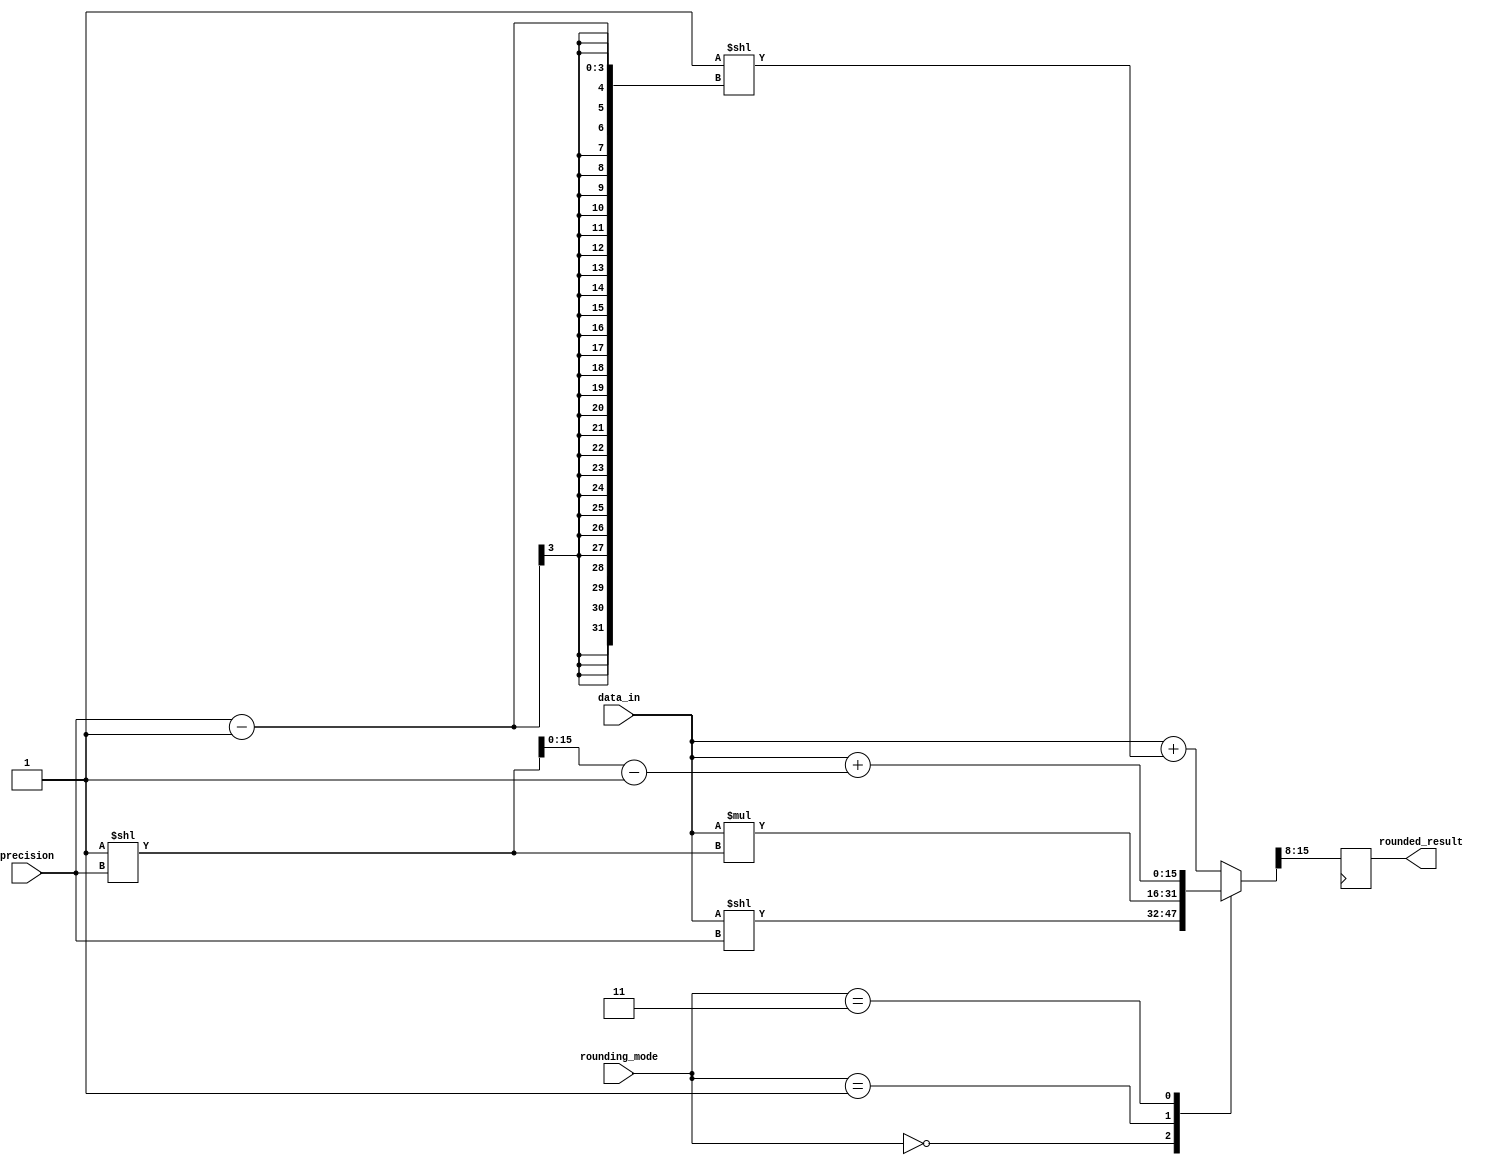
module fixed_point_rounding_unit (
    input [7:0] data_in,
    input [3:0] rounding_mode,
    input [2:0] precision,
    output reg [7:0] rounded_result
);

reg [15:0] result;

always @(*) begin
    case (rounding_mode)
        4'b0000: result = data_in << precision;
        4'b0001: result = data_in * 2 ** precision;
        4'b0010: result = data_in + (1 << (precision-1));
        4'b0011: result = data_in + ((1 << precision) - 1);
        default: result = data_in + (1 << (precision-1));
    endcase
end

always @(posedge clk) begin
    rounded_result <= result[15:8];
end

endmodule